Report of the King Institute of Preventive Medicine, Guindy
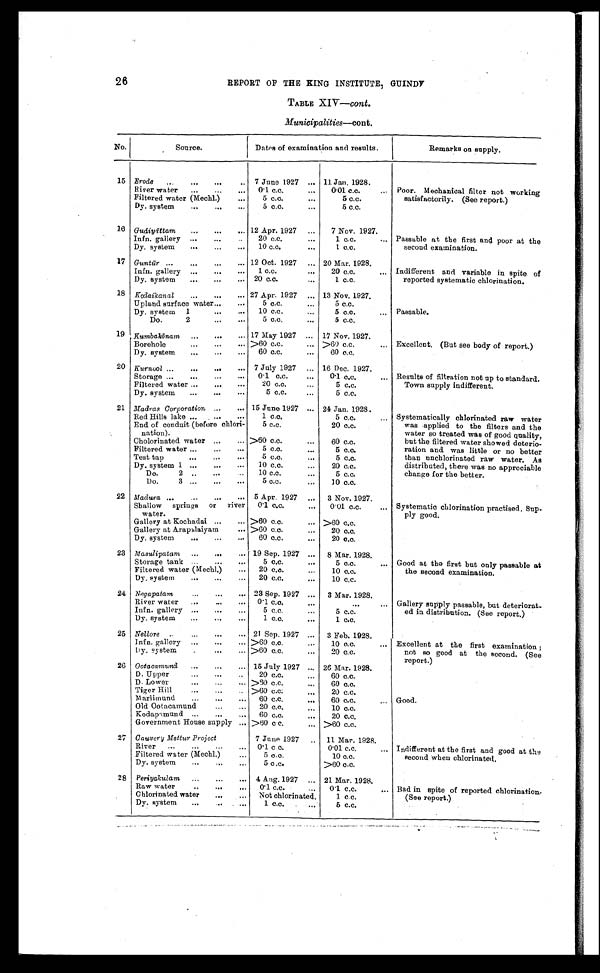
26
REPORT OF THE KING INSTITUTE, GUINDY
TABLE XIV—cont.
Municipalities—cont.
No.
Source.
Dates of examination and results.
Remarks on supply.
15 Erode . . . 7 June 1927 . . .
11 Jan. 1928.
Poor. Mechanical filter not working
satisfactorily. (See report.)
River water . . .
0.1 c.c. . . .
0.01 c.c. . . .
Filtered water (Mechl.) . . .
5 c.c. . . .
5 c.c.
Dy. system . . .
5 c.c. . . .
5 c.c.
16 Gudiyāttam . . . 12 Apr. 1927 . . .
7 Nov. 1927.
Passable at the first and poor at the
second examination.
Infn. gallery . . .
20 c.c. . . .
1 c.c. . . .
Dy. system . . .
10 c.c. . . .
1 c.c.
17 Guntū r
.
.
. 12 Oct. 1927 . . . 20 Mar. 1928.
Indifferent and variable in spite of
reported systematic chlorination.
Infn. gallery . . .
1 c.c. . . .
20 c.c. . . .
Dy. system . . .
20 c.c. . . .
1 c.c.
18 Kodaikanal . . . 27 Apr. 1927 . . .
13 Nov. 1927.
Passable.
Upland surface water . . .
5 c.c. . . .
5 c.c.
Dy. system 1 . . .
10 c.c. . . .
5 c.c. . . .
Do. 2 " . . .
5 c.c. . . .
5 c.c.
19 Kumbakōnam . . . 17 May 1927 . . .
17 Nov. 1927.
Excellent. (But see body of report.)
Borehole . . . >60 c.c. . . .
>60 c.c. . . .
Dy. system . . .
60 c.c. . . .
60 c.c.
20 Kurncol . . . 7 July 1927 . . .
16 Dec. 1927.
Results of filtration not up to standard.
Town supply indifferent.
Storage . . .
0.1 c.c. . . .
0.1 c.c. . . .
Filtered water . . .
20 c.c. . . .
5 c.c.
Dy. system . . .
5 c.c. . . .
5 c.c.
21 Madras Corporation . . . 15 June 1927 . . .
24 Jan. 1928.
Systematically chlorinated raw water
was applied to the filters and the
water so treated was of good q u a l i t y ,
but the filtered water showed deterio -
ration and was little or no better
than unchlorinated raw water. As
distributed, there was no appreciable
change for the better.
Red Hills lake . . .
1 c.c.
5 c.c. . . .
End of conduit (before chlori-
nation).
5 c.c.
20 c.c.
Cholorinated water . . . >60 c.c. . . .
60 c.c.
Filtered water . . .
5 c.c. . . .
5 c.c.
T e s t t a p . . .
5 c . c . . . .
5 c.c.
Dy. system 1 . . .
10 c.c. . . .
20 c.c.
D o . 2 . . .
10 c.c. . . .
5 c.c.
D o . 3
5 c . c . . . .
10 c.c.
22 Madura . . . 5 Apr. 1927 . . .
3 Nov. 1927.
Systematic chlorination practised. Sup
- ply good.
Shallow
springs or river
water.
0.1 c.c. . . .
0.01 c.c. . . .
Gallery at Kochadai . . . >60 c.c. . . . >60 c.c.
Gallery at Arapalaiyam . . . >60 c.c. . . .
20 c.c.
Dy. system . . .
60 c.c. . . .
20 c.c.
23 Masulipatam . . . 19 Sep. 1927 . . .
8 Mar. 1928.
Good at the first but only passable at
the second examination.
Storage tank . . .
5 c.c. . . .
5 c.c. . . .
Filtered water (Mechl.) . . .
20 c.c. . . .
10 c.c.
Dy. system . . .
20 c.c. . . .
10 c.c.
24 Negapatam . . .
23 Sep. 1927 . . .
3 Mar. 1928.
Gallery supply passable, but deteriorat
-
ed in distribution. (See report.)
River water . . .
0.1 c.c. . . .
. . .
Infn. gallery . . .
5 c.c.
5 c.c.
Dy. system . . .
1 c.c. . . .
1 c.c.
25 Nellore . . . 21 Sep. 1927 . . .
3 Feb. 1928.
Excellent at the first examination ;
not so good at the second. (See
report.)
lnfn. gallery . . . >60 c.c. . . .
10 c.c. . . .
Dy. system . . . >60 c.c. . . .
20 c.c.
26 Ootacamund . . .
15 July 1927 . . . 26 Mar. 1928.
Good.
D. Upper . . .
20 c.c. . . .
60 c.c.
D. Lower . . . > 6 0 c . c . . . .
60 c.c.
Tiger Hill . . . >60 c.c. . . .
20 c.c.
Marlimund . . .
60 c.c. . . .
60 c.c. . . .
Old Ootacamund . . .
20 c.c. . . .
10 c.c.
Kodapamund . . .
60 c.c. . . .
20 c.c.
Government House supply . . . >60 c.c. . . . >60 c.c.
27 Cauvery Mettur Project
7 June 1927 . . .
11 Mar. 1928.
Indifferent at the first and good at the
second when chlorinated.
River . . .
0 . 1 c . c .
0.01 c.c. . . .
Filtered water (Mechl.) . . .
5 c.c.
10 c.c.
Dy. system . . .
5 c .c.
>60 c.c.
28
Periyakulam . . .
4 Aug. 1927 . . . 21 Mar. 1928.
Bad in spite of reported chlorination.
(See report.)
Raw water . . .
0.1 c.c. . . .
0.1 c.c. . . .
Chlorinated water . . .
Not chlorinated.
1 c.c.
Dy. system . . .
1 c.c. . . .
5 c.c.